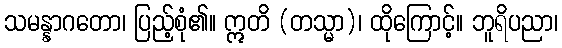
သမန္နာဂတော၊ ပြည့်စုံ၏။ ဣတိ (တသ္မာ)၊ ထိုကြောင့်။ ဘူရိပညာ၊